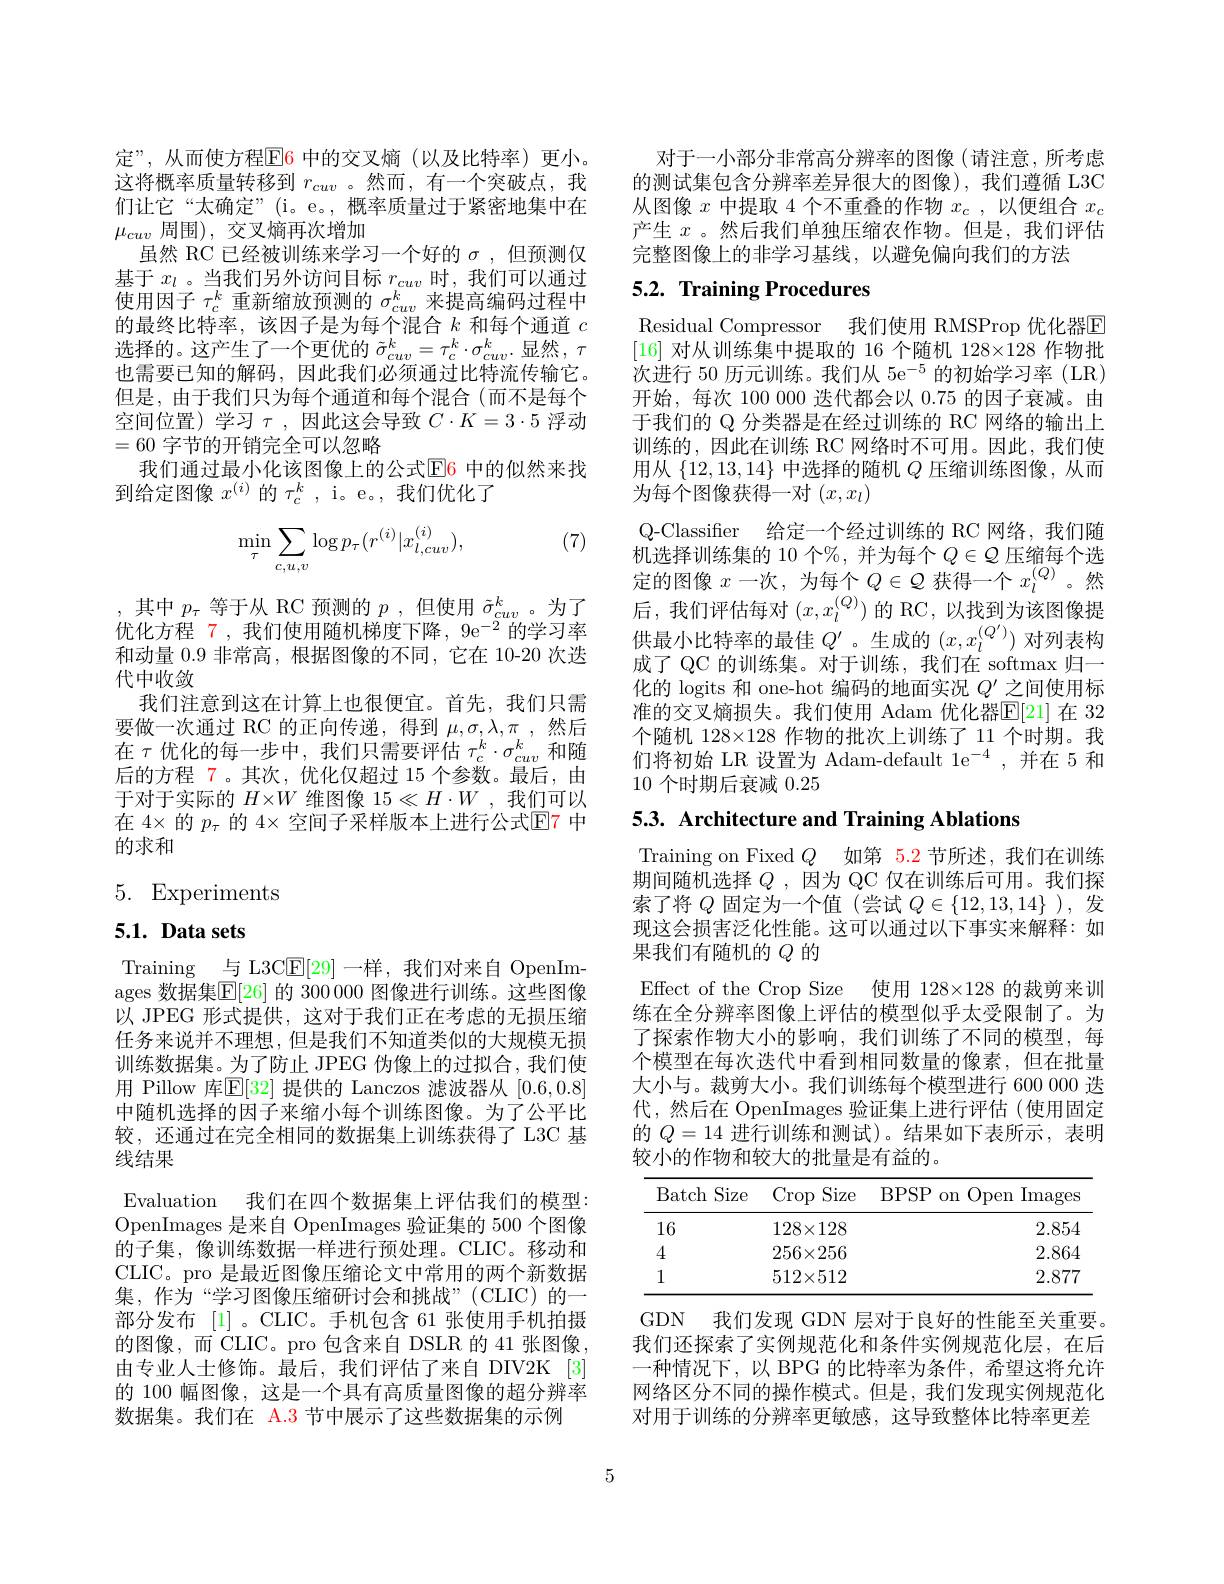
定”,从而使方程$\color{red}{\mathrm{E}}\color{blue}{\mathrm{6}}$ 中的交叉熵(以及比特率)更小。这将概率质量转移到$r_{cuv}$ 。然而，有一个突破点，我们让它“太确定”(i。e。,概率质量过于紧密地集中在$\mu_{cuv}$周围),交叉熵再次增加
虽然 RC 已经被训练来学习一个好的$\sigma$,但预测仅基于$x_l$ 。当我们另外访问目标$r_cuv$时，我们可以通过使用因子$\tau_c^k$重新缩放预测的$\sigma_cuv^k$来提高编码过程中的最终比特率，该因子是为每个混合$k$和每个通道$c$ 选择的。这产生了一个更优的$\tilde{\sigma}_cuv^k=\tau_c^k\cdot\sigma_{cuv}^k$.显然，$\tau$ 也需要已知的解码，因此我们必须通过比特流传输它。但是，由于我们只为每个通道和每个混合(而不是每个空间位置)学习$\tau$,因此这会导致 $C\cdot K=3\cdot5$ 浮动=60字节的开销完全可以忽略
我们通过最小化该图像上的公式$\color{red}{\mathrm{E6}}$ 中的似然来找
到给定图像$x^(i)$的$\tau_c^k$, i。e。,我们优化了

(7)
$$\begin{aligned}\min_{\tau}\sum_{c,u,v}\log p_{\tau}(r^{(i)}|x_{l,cuv}^{(i)}),\end{aligned}$$
,其中$p_\tau$等于从 RC 预测的$p$ ,但使用$\tilde{\sigma}_cuv^k$。为了优化方程 7 ,我们使用随机梯度下降$,9\mathrm{e}^{-2}$的学习率和动量 0.9 非常高，根据图像的不同，它在 10-20 次迭代中收敛
我们注意到这在计算上也很便宜。首先，我们只需要做一次通过 RC 的正向传递，得到$\mu,\sigma,\lambda,\pi$ ,然后在$\tau$优化的每一步中，我们只需要评估 $\tau_c^k\cdot\sigma_{cuv}^k$ 和随后的方程 7。其次，优化仅超过 15 个参数。最后，由于对于实际的$H\times W$维图像 15$\ll H\cdot W$ ,我们可以在 4× 的 $p_\tau$ 的 4× 空间子采样版本上进行公式$\mathbb{E}$7 中的求和

# 5. Experiments

# 5.1. Data sets

Training 与 L3C$\mathbb{E}[29]$一样，我们对来自 OpenImages 数据集$\overline{\mathbb{E}}[26]$ 的 300 0000 图像进行训练。这些图像以 JPEG 形式提供，这对于我们正在考虑的无损压缩任务来说并不理想，但是我们不知道类似的大规模无损训练数据集。为了防止 JPEG 伪像上的过拟合，我们使用 Pillow 库$\mathbb{E}[32]$ 提供的 Lanczos 滤波器从 [0.6,0.8] 中随机选择的因子来缩小每个训练图像。为了公平比较，还通过在完全相同的数据集上训练获得了 L3C 基线结果
Evaluation 我们在四个数据集上评估我们的模型： OpenImages 是来自 OpenImages 验证集的 500 个图像的子集，像训练数据一样进行预处理。CLIC。移动和CLIC。pro 是最近图像压缩论文中常用的两个新数据集，作为“学习图像压缩研讨会和挑战”(CLIC)的一部分发布 [1]。CLIC。手机包含 61 张使用手机拍摄的图像，而 CLIC。pro 包含来自 DSLR 的 41 张图像， 由专业人士修饰。最后，我们评估了来自 DIV2K [3] 的 100 幅图像，这是一个具有高质量图像的超分辨率数据集。我们在 A.3 节中展示了这些数据集的示例

对于一小部分非常高分辨率的图像(请注意，所考虑的测试集包含分辨率差异很大的图像),我们遵循 L3C 从图像$x$中提取 4 个不重叠的作物$x_c$,以便组合$x_c$ 产生$x$ 。然后我们单独压缩农作物。但是，我们评估完整图像上的非学习基线，以避免偏向我们的方法

# 5.2. Training Procedures

Residual Compressor 我们使用 RMSProp 优化器E [16]对从训练集中提取的 16 个随机 128×128 作物批次进行 50 历元训练。我们从 5$\mathrm{e}^-5$的初始学习率 (LR) 开始，每次 100 000 迭代都会以0.75的因子衰减。由于我们的 Q 分类器是在经过训练的 RC 网络的输出上训练的，因此在训练 RC 网络时不可用。因此，我们使用从$\{12,13,14\}$中选择的随机$Q$压缩训练图像，从而为每个图像获得一对$(x,x_l)$
Q-Classifier 给定一个经过训练的 RC 网络，我们随机选择训练集的 10 个%, 并为每个$Q\in\mathcal{Q}$压缩每个选定的图像$x$一次，为每个$Q\in\mathcal{Q}$获得一个$x_l^(Q)$。然后，我们评估每对$(x,x_l^{(Q)})$的 RC,以找到为该图像提供最小比特率的最佳$Q^\prime$。生成的$(x,x_l^{(Q^{\prime})})$对列表构成了 QC 的训练集。对于训练，我们在 softmax 归一化的 logits 和 one-hot 编码的地面实况$Q^{\prime}$之间使用标准的交叉熵损失。我们使用 Adam 优化器$\mathbb{E}[21]$ 在 32个随机 128×128 作物的批次上训练了 11 个时期。我们将初始 LR 设置为 Adam-default $1\mathrm{e}^{-4}$,并在 5 和10个时期后衰减0.25

5.3. Architecture and Training Ablations

Training on Fixed $Q$如第 5.2 节所述，我们在训练期间随机选择$Q$ ,因为 QC 仅在训练后可用。我们探索了将$Q$固定为一个值(尝试$Q\in\{12,13,14\}$ ),发现这会损害泛化性能。这可以通过以下事实来解释：如果我们有随机的$Q$的
Effect of the Crop Size 使用 128×128 的裁剪来训练在全分辨率图像上评估的模型似乎太受限制了。为了探索作物大小的影响，我们训练了不同的模型，每个模型在每次迭代中看到相同数量的像素，但在批量大小与。裁剪大小。我们训练每个模型进行 600 0000 迭代，然后在 OpenImages 验证集上进行评估(使用固定的$Q=14$进行训练和测试)。结果如下表所示，表明较小的作物和较大的批量是有益的。

<table>
	<tbody>
		<tr>
			<th>Batch Size</th>
			<th>$\operatorname{Crop}$ Size</th>
			<th>$P$ on Open ${\mathrm{n}}$Images</th>
		</tr>
		<tr>
			<td>16</td>
			<td>$128\times128$</td>
			<td>2.854</td>
		</tr>
		<tr>
			<td>4</td>
			<td>$256\times256$</td>
			<td>2.864</td>
		</tr>
		<tr>
			<td>1</td>
			<td>$512\times512$</td>
			<td>2.877</td>
		</tr>
	</tbody>
</table>

GDN 我们发现 GDN 层对于良好的性能至关重要。我们还探索了实例规范化和条件实例规范化层，在后一种情况下，以 BPG 的比特率为条件，希望这将允许网络区分不同的操作模式。但是，我们发现实例规范化对用于训练的分辨率更敏感，这导致整体比特率更差

5